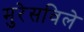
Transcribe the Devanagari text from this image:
मुरेसविले